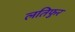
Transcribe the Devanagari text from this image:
लतिफुर